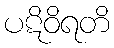
ပဋိဝိရတိ